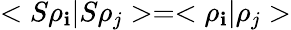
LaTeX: <S\rho_{\mathbf{i}}|S\rho_{j}>=<\rho_{\mathbf{i}}|\rho_{j}>